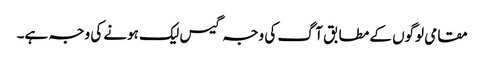
مقامی لوگوں کے مطابق آگ کی وجہ گیس لیک ہونے کی وجہ ہے۔